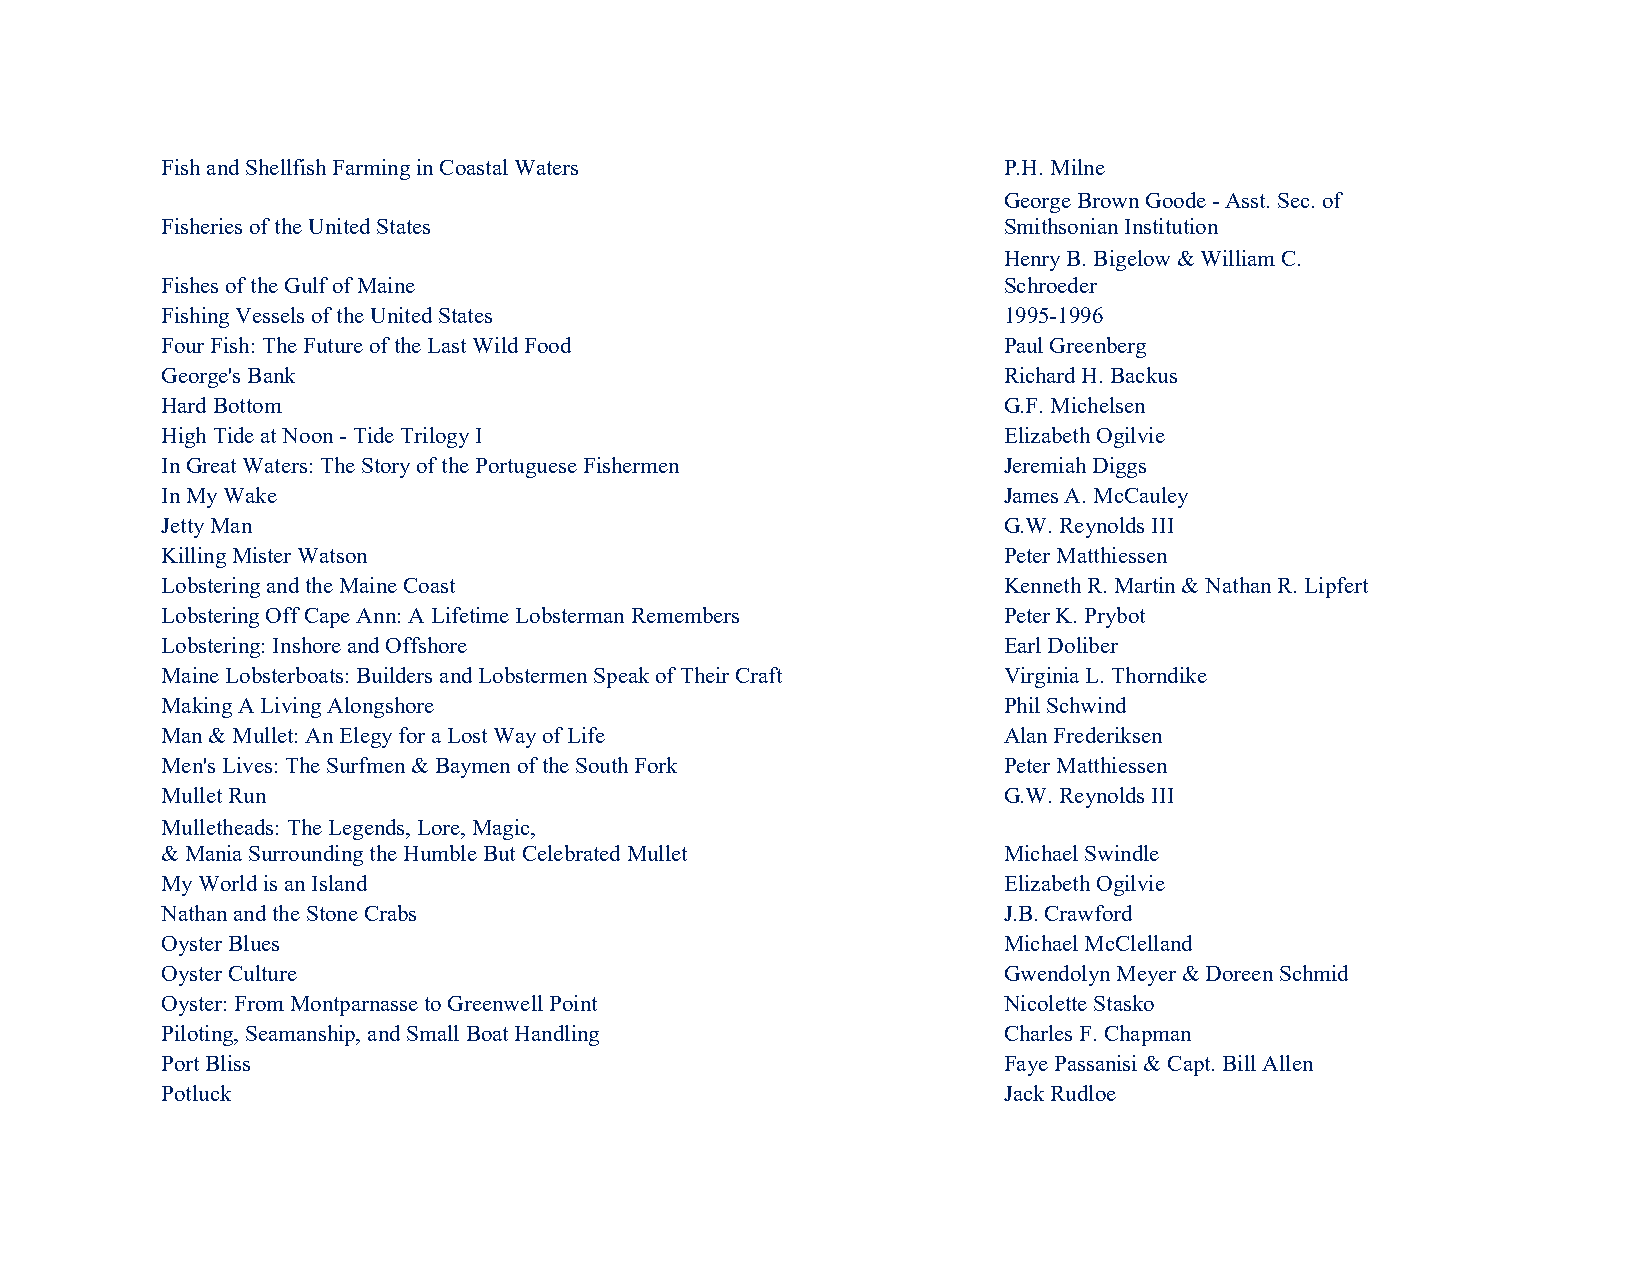
Fish and Shellfish Farming in Coastal Waters           P.H. Milne
 George Brown Goode - Asst. Sec. of
 Fisheries of the United States                         Smithsonian Institution
 Henry B. Bigelow & William C.
 Fishes of the Gulf of Maine                            Schroeder
 Fishing Vessels of the United States                   1995-1996
 Four Fish: The Future of the Last Wild Food            Paul Greenberg
 George's Bank                                          Richard H. Backus
 Hard Bottom                                            G.F. Michelsen
 High Tide at Noon - Tide Trilogy I                     Elizabeth Ogilvie
 In Great Waters: The Story of the Portuguese Fishermen Jeremiah Diggs
 In My Wake                                             James A. McCauley
 Jetty Man                                              G.W. Reynolds III
 Killing Mister Watson                                  Peter Matthiessen
 Lobstering and the Maine Coast                         Kenneth R. Martin & Nathan R. Lipfert
 Lobstering Off Cape Ann: A Lifetime Lobsterman Remembers Peter K. Prybot
 Lobstering: Inshore and Offshore                       Earl Doliber
 Maine Lobsterboats: Builders and Lobstermen Speak of Their Craft Virginia L. Thorndike
 Making A Living Alongshore                             Phil Schwind
 Man & Mullet: An Elegy for a Lost Way of Life          Alan Frederiksen
 Men's Lives: The Surfmen & Baymen of the South Fork    Peter Matthiessen
 Mullet Run                                             G.W. Reynolds III
 Mulletheads: The Legends, Lore, Magic,
 & Mania Surrounding the Humble But Celebrated Mullet   Michael Swindle
 My World is an Island                                  Elizabeth Ogilvie
 Nathan and the Stone Crabs                             J.B. Crawford
 Oyster Blues                                           Michael McClelland
 Oyster Culture                                         Gwendolyn Meyer & Doreen Schmid
 Oyster: From Montparnasse to Greenwell Point           Nicolette Stasko
 Piloting, Seamanship, and Small Boat Handling          Charles F. Chapman
 Port Bliss                                             Faye Passanisi & Capt. Bill Allen
 Potluck                                                Jack Rudloe